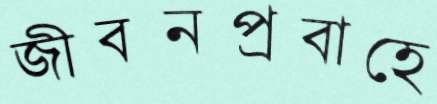
জীবনপ্রবাহে